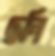
ছনি